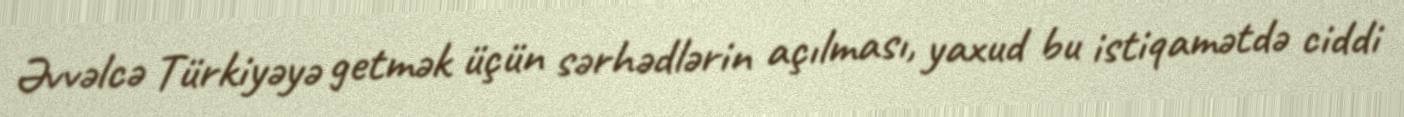
Əvvəlcə Türkiyəyə getmək üçün sərhədlərin açılması, yaxud bu istiqamətdə ciddi